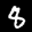
Label: 8